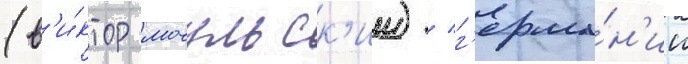
(в'и́ктор мочульск'ии) / г'ерма́н'ии